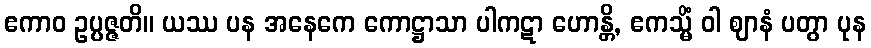
ဧကာဝ ဥပ္ပဇ္ဇတိ။ ယဿ ပန အနေကေ ကောဋ္ဌာသာ ပါကဋာ ဟောန္တိ, ဧကသ္မိံ ဝါ ဈာနံ ပတွာ ပုန